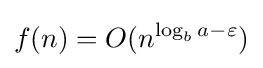
f(n)=O(n^{\log _{b}a-\varepsilon })